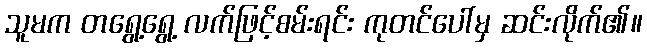
သူမက တရွေ့ရွေ့ လက်ဖြင့်စမ်းရင်း ကုတင်ပေါ်မှ ဆင်းလိုက်၏။